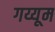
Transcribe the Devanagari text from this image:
गय्यूम